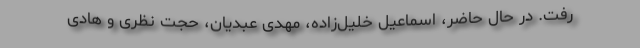
رفت. در حال حاضر، اسماعیل خلیل‌زاده، مهدی عبدیان، حجت نظری و هادی